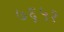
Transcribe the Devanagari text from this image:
७६५१